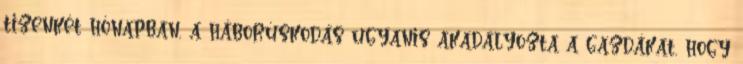
tizenkét hónapban, a háborúskodás ugyanis akadályozta a gazdákat, hogy